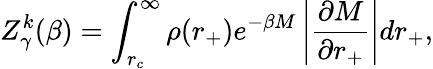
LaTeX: Z_{\gamma}^{k}(\beta)=\int_{r_{c}}^{\infty}\rho(r_{+})e^{-\beta M}\left|\frac{\partial M}{\partial r_{+}}\right|dr_{+},